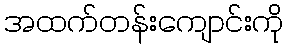
အထက်တန်းကျောင်းကို